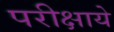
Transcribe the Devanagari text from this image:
परीक्षाये